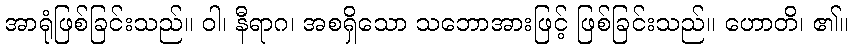
အာရုံဖြစ်ခြင်းသည်။ ဝါ၊ နီရာဂ၊ အစရှိသော သဘောအားဖြင့် ဖြစ်ခြင်းသည်။ ဟောတိ၊ ၏။